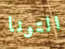
التونا